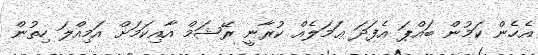
އެހެން ކަމުން ބައްޕަ އެފަދަ ޢަމަލެއް ކުރާނީ ރޭޝަމް އާއިކަމަށް އަމިއްލަ ހިތުން